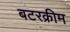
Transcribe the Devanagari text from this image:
बटरक्रीम